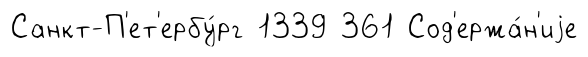
Санкт-П'ет'ербу́рг 1339 361 Сод'ержа́н'иjе